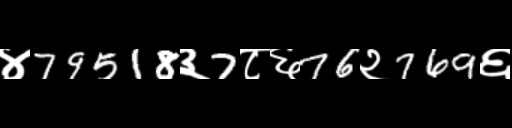
Text: ४79518३7८६76२769६